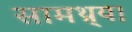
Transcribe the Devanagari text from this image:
सामथ्र्य।